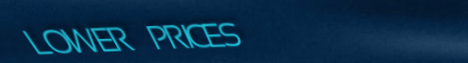
LOWER PRICES